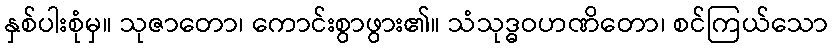
နှစ်ပါးစုံမှ။ သုဇာတော၊ ကောင်းစွာဖွား၏။ သံသုဒ္ဓဝဟဏိတော၊ စင်ကြယ်သော